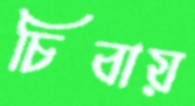
চিবায়